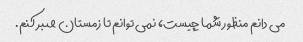
می دانم منظور شما چیست، نمی توانم تا زمستان صبر کنم.